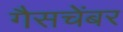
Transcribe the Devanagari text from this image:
गैसचेंबर